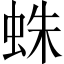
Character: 蛛